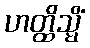
ဟတ္ထိသ္မိံ